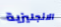
الانجليزية